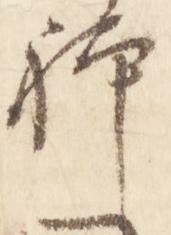
躰